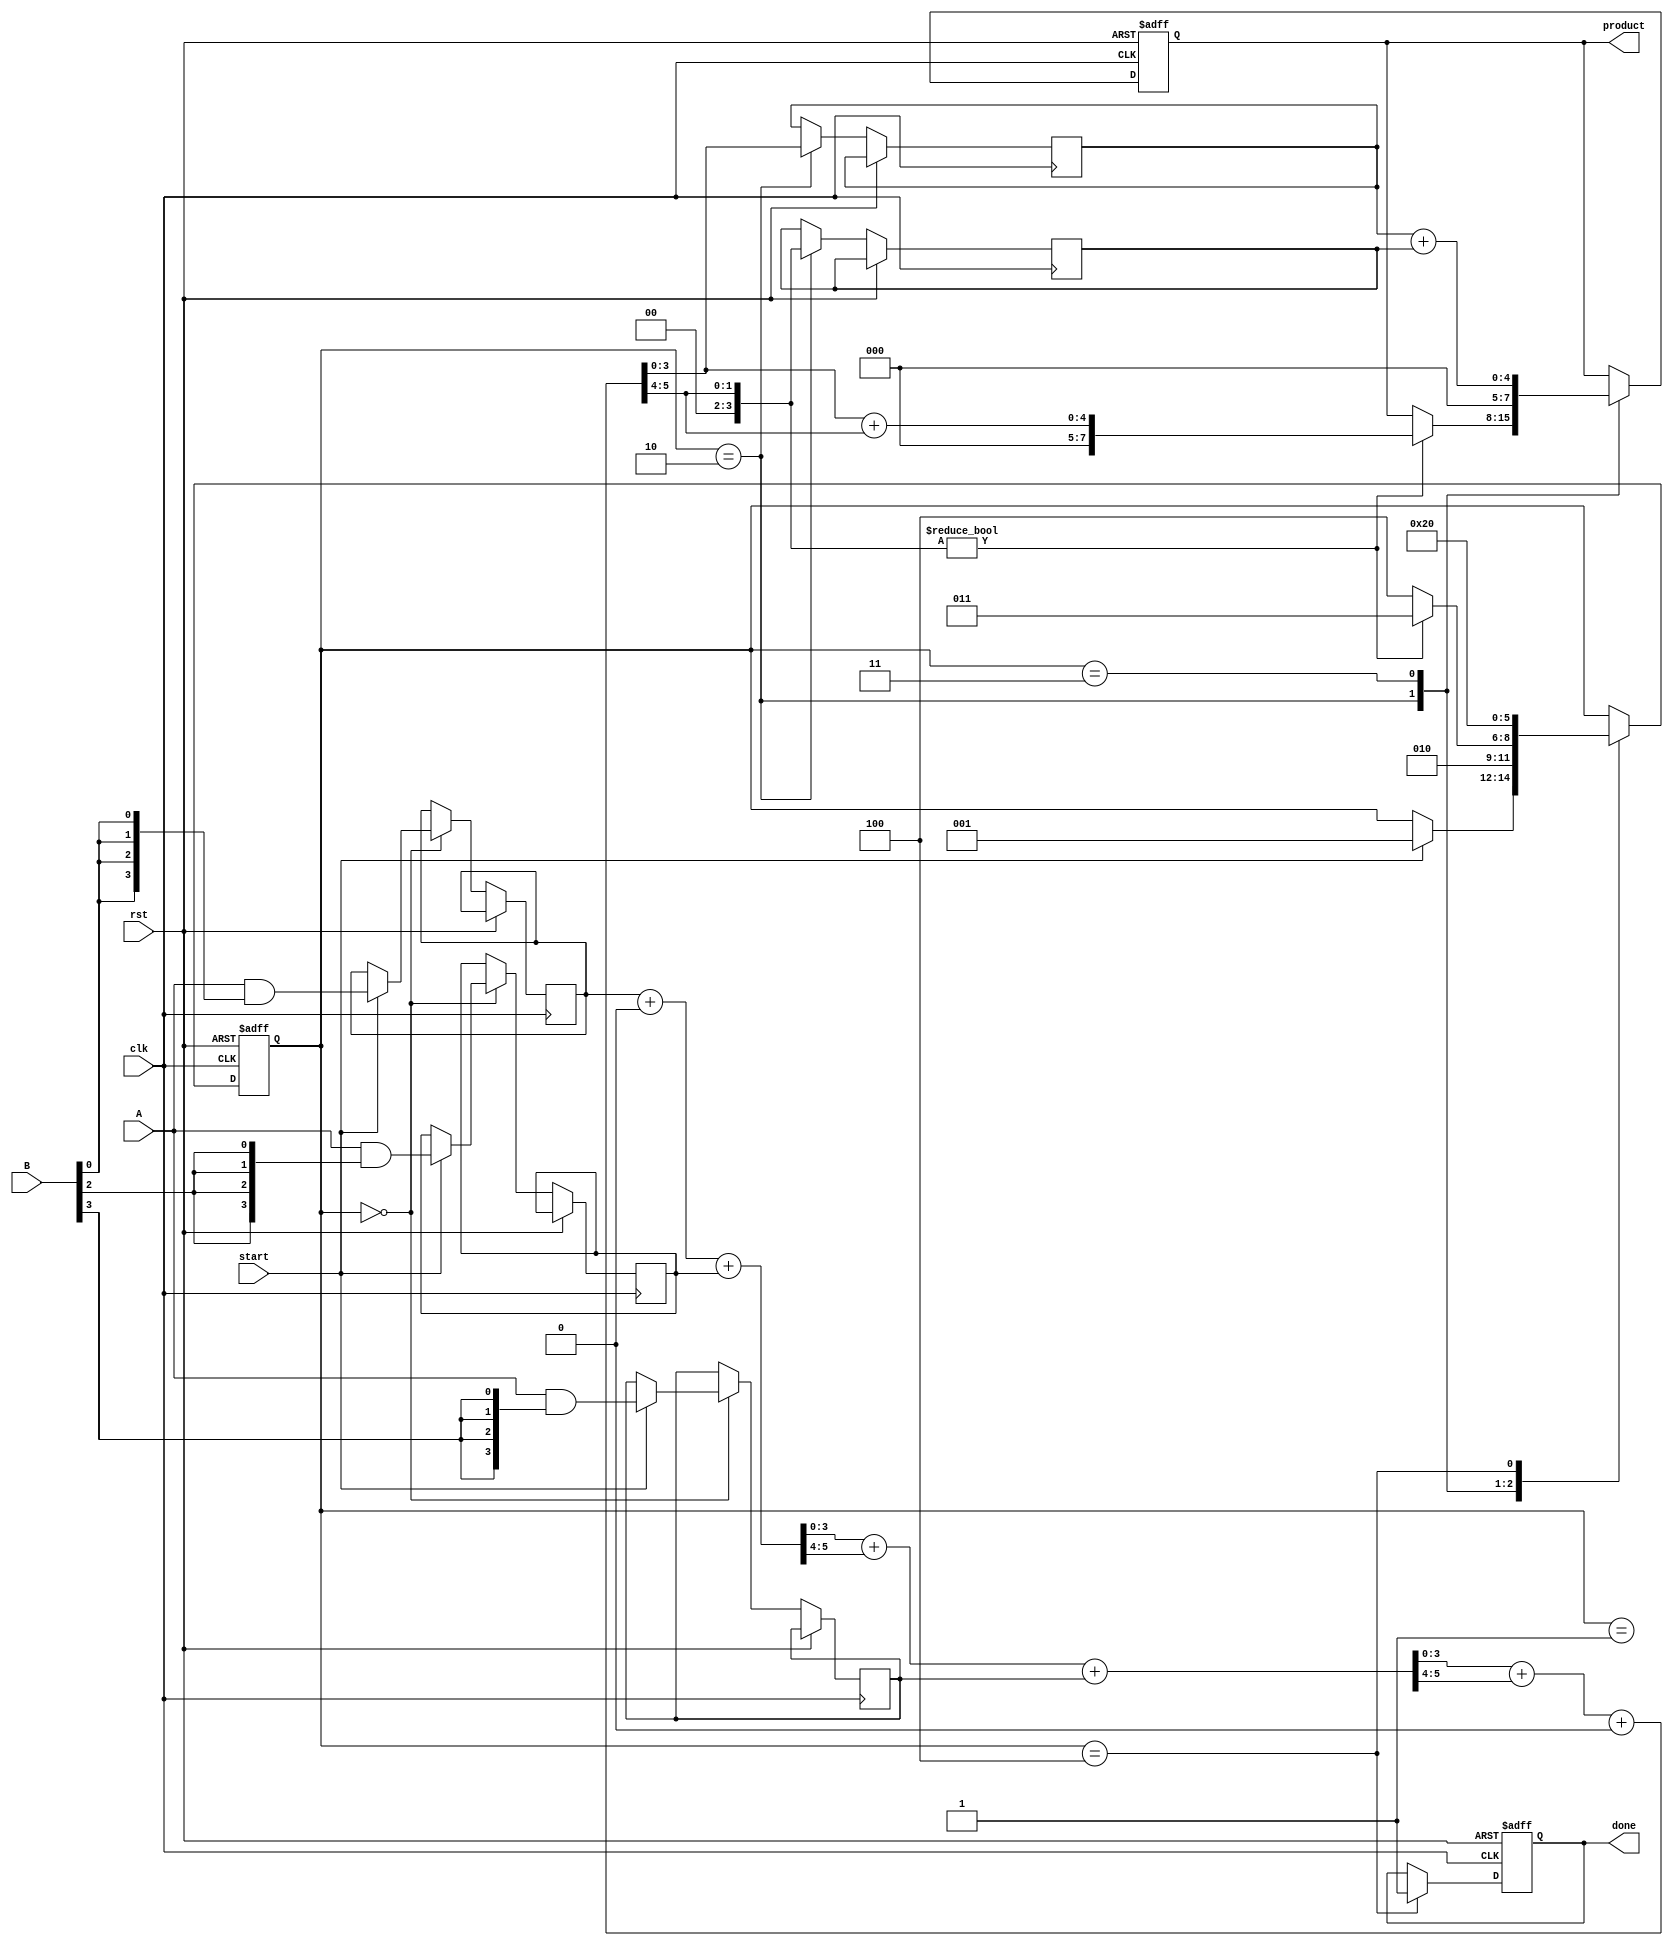
module WallaceTreeMultiplier #(parameter N = 4) (
    input  wire clk,
    input  wire rst,
    input  wire [N-1:0] A,
    input  wire [N-1:0] B,
    input  wire start,
    output reg [2*N-1:0] product,
    output reg done
);

    // Internal signals for partial products
    reg [N-1:0] partial_products [0:N-1];
    reg [N-1:0] sum [0:N-1];
    reg [N-1:0] carry [0:N-1];
    
    // State variables
    reg [2:0] state;
    localparam IDLE = 3'b000, GENERATE_PP = 3'b001, REDUCE_PP = 3'b010, FINAL_ADD = 3'b011, DONE = 3'b100;

    integer i, j;

    // Generate Partial Products
    always @(posedge clk or posedge rst) begin
        if (rst) begin
            state <= IDLE;
            done <= 0;
            product <= 0;
        end else begin
            case (state)
                IDLE: begin
                    if (start) begin
                        // Initialize partial products
                        for (i = 0; i < N; i = i + 1) begin
                            partial_products[i] = A & {N{B[i]}};
                        end
                        state <= GENERATE_PP;
                    end
                end
                GENERATE_PP: begin
                    // Move to reduction state
                    state <= REDUCE_PP;
                end
                REDUCE_PP: begin
                    // Wallace tree reduction
                    for (i = 0; i < N; i = i + 1) begin
                        sum[i]   = partial_products[i];
                        carry[i] = 0;
                    end
                    
                    // Perform CSA operations
                    for (i = 0; i < N - 1; i = i + 1) begin
                        {carry[i + 1], sum[i + 1]} = sum[i] + carry[i] + (i < N - 2 ? sum[i + 2] : 0);
                    end

                    // Check if we have reduced to two numbers
                    if (carry[N-1] != 0) begin
                        product <= sum[N-1] + carry[N-1];
                        state <= FINAL_ADD;
                    end else begin
                        state <= DONE;
                    end
                end
                FINAL_ADD: begin
                    // Final addition of sum and carry
                    product <= sum[N-1] + carry[N-1];
                    state <= DONE;
                end
                DONE: begin
                    done <= 1; // Signal that multiplication is done
                    state <= IDLE; // Reset to idle state
                end
            endcase
        end
    end

endmodule